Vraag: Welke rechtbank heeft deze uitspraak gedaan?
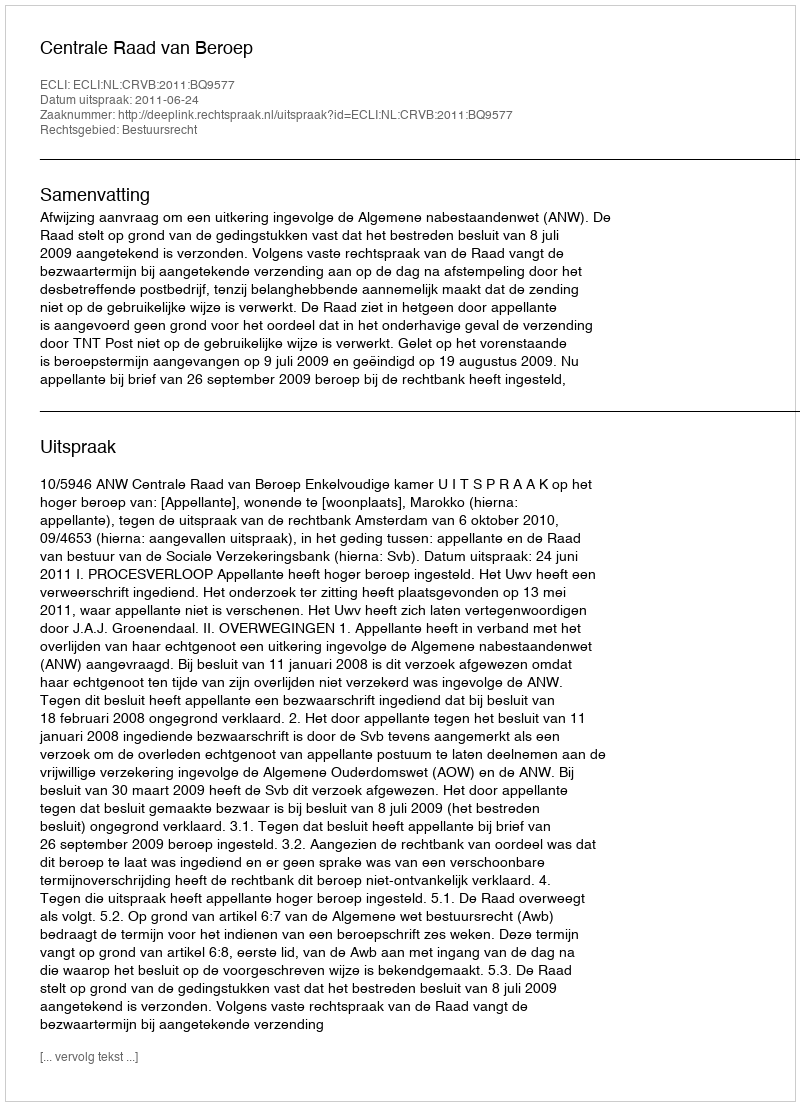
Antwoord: Centrale Raad van Beroep